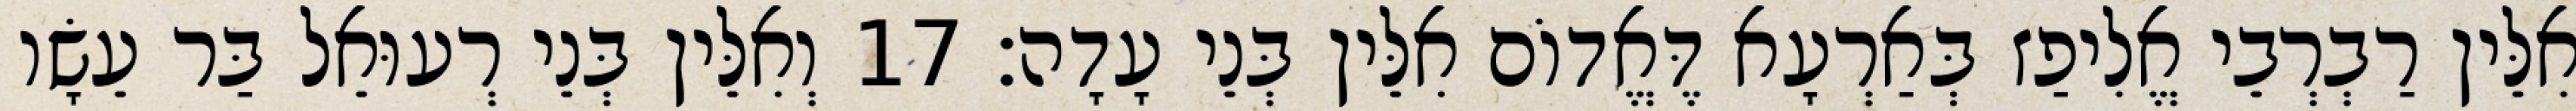
אִלֵּין רַבְרְבֵי אֱלִיפַז בְּאַרְעָא דֶּאֱדוֹם אִלֵּין בְּנֵי עָדָה׃ 17 וְאִלֵּין בְּנֵי רְעוּאֵל בַּר עֵשָׂו